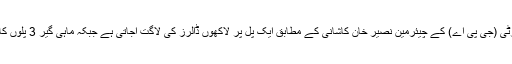
تاہم گوادر پورٹ اتھارٹی (جی پی اے) کے چیئرمین نصیر خان کاشانی کے مطابق ایک پل پر لاکھوں ڈالرز کی لاگت آجاتی ہے جبکہ ماہی گیر 3 پلوں کا مطاکبہ کر رہے ہیں۔